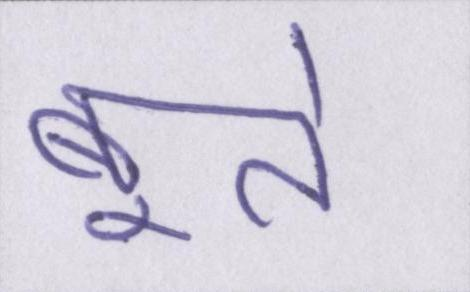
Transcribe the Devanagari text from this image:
बूते